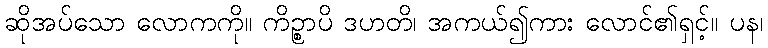
ဆိုအပ်သော လောကကို။ ကိဉ္စာပိ ဒဟတိ၊ အကယ်၍ကား လောင်၏ရှင့်။ ပန၊